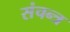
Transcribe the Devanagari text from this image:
संचन्त्र